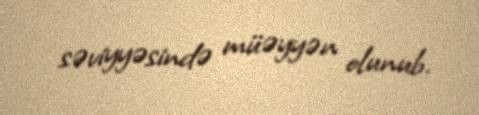
səviyyəsində müəyyən olunub.